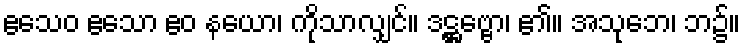
ဧသေဝ ဧသော ဧဝ နယော၊ ကိုသာလျှင်။ ဒဋ္ဌဗ္ဗော၊ ၏။ အသုဘေ၊ ဘ၌။